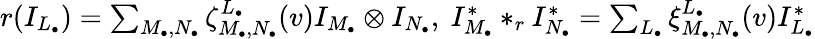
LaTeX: \begin{array}{r}{r(I_{L_{\bullet}})=\sum_{M_{\bullet},N_{\bullet}}\zeta_{M_{\bullet},N_{\bullet}}^{L_{\bullet}}(v)I_{M_{\bullet}}\otimes I_{N_{\bullet}},\ I_{M_{\bullet}}^{*}*_{r}I_{N_{\bullet}}^{*}=\sum_{L_{\bullet}}\xi_{M_{\bullet},N_{\bullet}}^{L_{\bullet}}(v)I_{L_{\bullet}}^{*}}\end{array}